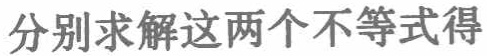
分别求解这两个不等式得